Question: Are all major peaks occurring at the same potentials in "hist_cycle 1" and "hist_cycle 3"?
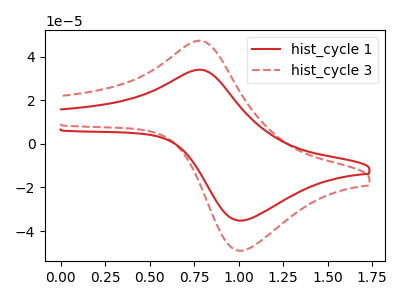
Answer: <think>The red curve "hist_cycle 1" has an anodic peak at (0.75V, 33.95uA) and a cathodic peak at (1.00V, -35.15uA). The red dashed curve "hist_cycle 3" has an anodic peak at (0.75V, 47.25uA) and a cathodic peak at (1.00V, -48.95uA).</think>
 <answer>Yes, "hist_cycle 1" have a peak in "hist_cycle 3" at the same potential.</answer>
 <eval>match</eval>